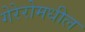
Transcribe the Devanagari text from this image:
गेरेरोमधील